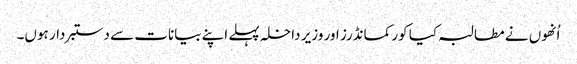
اُنھوں نے مطالبہ کیا کور کمانڈرز اور وزیر داخلہ پہلے اپنے بیانات سے دستبردار ہوں۔